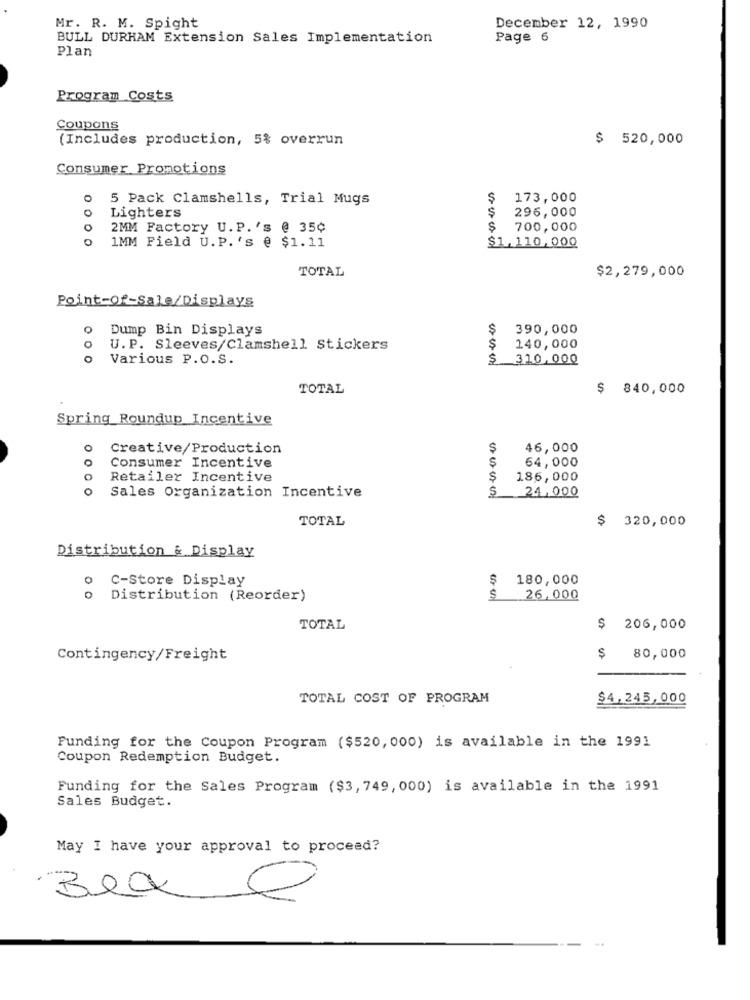
Mr. R. M. Spight
December 12, 1990
BULL DURHAM Extension Sales Implementation
Page 6
Plan
Program Costs
Coupons
(Includes production, 5% overrun
$
520,000
Consumer Promotions
0
5 Pack Clamshells, Trial Mugs
$
173,000
$
296,000
Lighters
o
2MM Factory U.P.'s @ 35¢
$
700,000
0
$1,110,000
1MM Field U.P.'s @ $1.11
TOTAL
$2,279,000
Point-of-Sale/Displays
Dump Bin Displays
$
390,000
0
U.P. Sleeves/Clamshell Stickers
$
140,000
Various P.O.S.
$
310.000
TOTAL
$ 840,000
Spring Roundup Incentive
o
Creative/Production
$
46,000
0
Consumer Incentive
64,000
O
Retailer Incentive
$
186,000
o
$
24,000
Sales Organization Incentive
TOTAL
$ 320,000
Distribution & Display
0
C-Store Display
$
180,000
Distribution (Reorder)
S
26,000
TOTAL
$ 206,000
Contingency/Freight
$ 80,000
TOTAL COST OF PROGRAM
$4.245,000
Funding for the Coupon Program ($520, 000) is available in the 1991
Coupon Redemption Budget.
Funding for the Sales Program ($3, 749, 000) is available in the 1991
Sales Budget.
May I have your approval to proceed?
Bea